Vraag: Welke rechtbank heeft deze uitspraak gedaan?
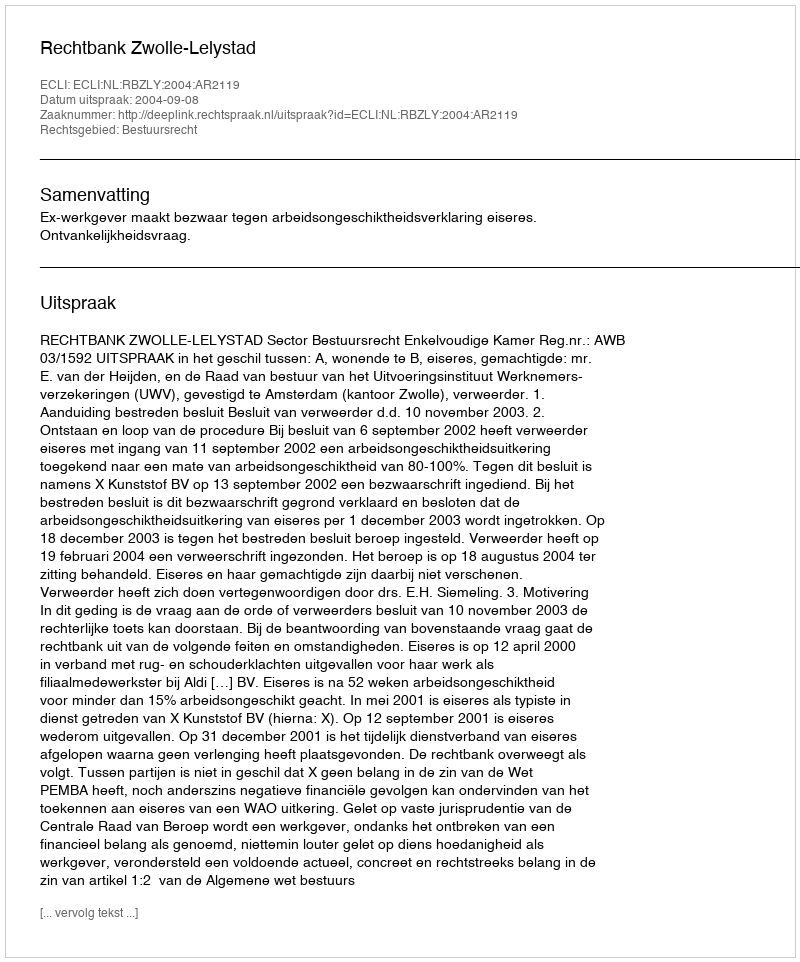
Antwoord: Rechtbank Zwolle-Lelystad